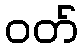
ဝတ်